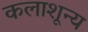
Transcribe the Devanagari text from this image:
कलाशून्य